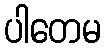
ပါတေမ